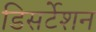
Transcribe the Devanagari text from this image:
डिसर्टेशन